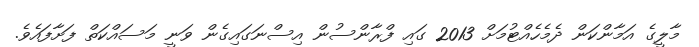
މާލީގެ އަމާންކަން ދެމެހެއްޓުމަށް 2013 ގައި ފްރާންސުން އިސްނަގައިގެން ވަނީ މަސައްކަތް ފަށާފައެވެ.